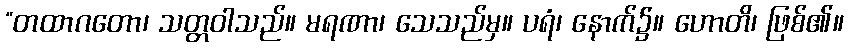
“တထာဂတော၊ သတ္တဝါသည်။ မရဏာ၊ သေသည်မှ။ ပရံ၊ နောက်၌။ ဟောတိ၊ ဖြစ်၏။